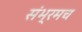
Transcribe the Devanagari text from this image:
संभ्रमच